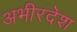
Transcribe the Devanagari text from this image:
अभीरदेश